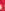
.